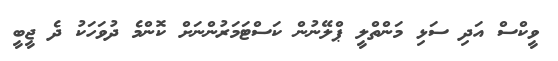
ވީކްސް އަދި ސަޅި މަންތްލީ ޕްލޭނުން ކަސްޓަމަރުންނަށް ކޮންމެ ދުވަހަކު ދެ ޖީބީ